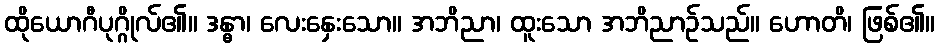
ထိုယောဂီပုဂ္ဂိုလ်၏။ ဒန္ဓာ၊ လေးနှေးသော။ အဘိညာ၊ ထူးသော အဘိညာဉ်သည်။ ဟောတိ၊ ဖြစ်၏။